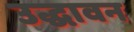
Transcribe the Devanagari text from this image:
उद्धावन